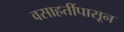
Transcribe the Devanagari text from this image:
वसाहतींपासून